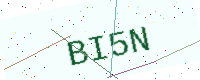
Text: BI5N